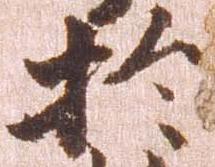
於